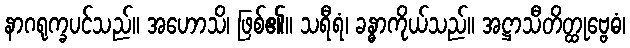
နာဂရုက္ခပင်သည်။ အဟောသိ၊ ဖြစ်၏။ သရီရံ၊ ခန္ဓာကိုယ်သည်။ အဋ္ဌာသီတိတ္ထုဗ္ဗေဓံ၊